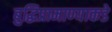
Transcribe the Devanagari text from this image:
बुद्धिप्रामाण्याकडे